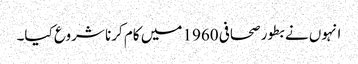
انہوں نے بطور صحافی 1960 میں کام کرنا شروع کیا۔